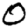
Digit: 0